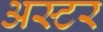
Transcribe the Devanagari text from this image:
अस्टर